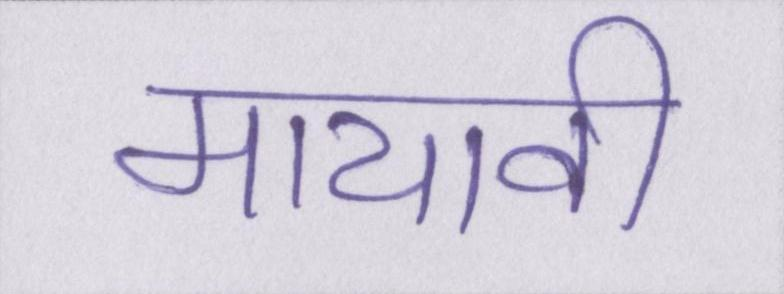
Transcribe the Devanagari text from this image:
मायावी